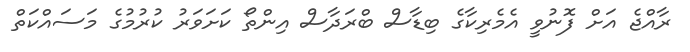
ރާއްޖެ އަށް ފޮނުވީ އެމެރިކާގެ ބިޑާސް ބްރަދާސް އިންތޯ ކަށަވަރު ކުރުމުގެ މަސައްކަތް